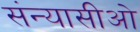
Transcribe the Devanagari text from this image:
संन्यासीओ